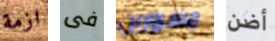
ازمة فى مسرورين أضن